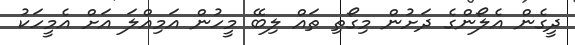
ދީގެން އެލޯންގެ ދަށުން މިގޯތި ތައް ލިބޭ މީހުން އަމިއްލަ އަށް އެމީހަކު